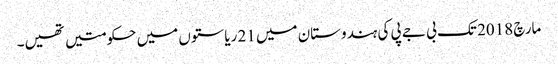
مارچ 2018 تک بی جے پی کی ہندوستان میں 21 ریاستوں میں حکومتیں تھیں۔